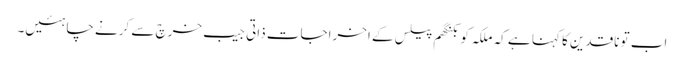
اب تو ناقدین کا کہنا ہے کہ ملکہ کو بکنگھم پیلس کے اخراجات ذاتی جیب خرچ سے کرنے چاہئیں۔